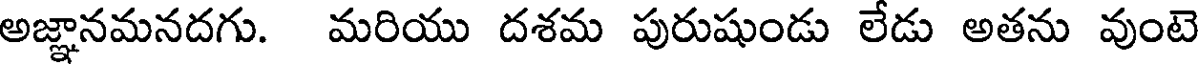
అజ్ఞానమనదగు. మరియు దశమ పురుషుండు లేడు అతను వుంటె